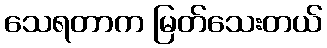
သေရတာက မြတ်သေးတယ်